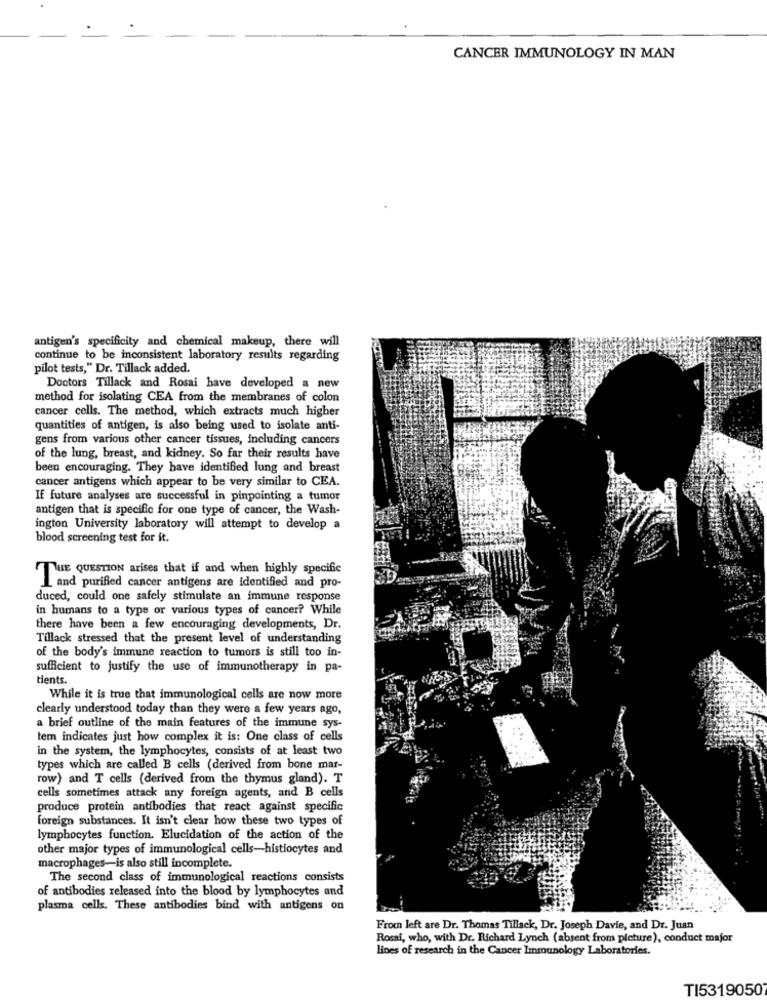
CANCER IMMUNOLOGY IN MAN
antigen's specificity and chemical makeup, there will
continue to be inconsistent laboratory results regarding
pilot tests," Dr. Tillack added.
Doctors Tillack and Rosai have developed a new
method for isolating CEA from the membranes of colon
cancer cells. The method, which extracts much higher
quantities of antigen, is also being used to isolate anti-
gens from various other cancer tissues, including cancers
of the lung, breast, and kidney. So far their results have
been encouraging. They have identified lung and breast
cancer antigens which appear to be very similar to CEA.
If future analyses are successful in pinpointing a tumor
antigen that is specific for one type of cancer, the Wash-
ington University laboratory will attempt to develop a
blood screening test for it.
THE QUESTION arises that if and when highly specific
I and purified cancer antigens are identified and pro-
duced, could one safely stimulate an immune response
in humans to a type or various types of cancer? While
there have been a few encouraging developments, Dr.
Tillack stressed that the present level of understanding
of the body's immune reaction to tumors is still too in-
sufficient to justify the use of immunotherapy in pa-
tients.
While it is true that immunological cells are now more
clearly understood today than they were a few years ago,
a brief outline of the main features of the immune sys-
tem indicates just how complex it is: One class of cells
in the system, the lymphocytes, consists of at least two
types which are called B cells (derived from bone mar-
row) and T cells (derived from the thymus gland). T
cells sometimes attack any foreign agents, and B cells
produce protein antibodies that react against specific
foreign substances. It isn't clear how these two types of
lymphocytes function. Elucidation of the action of the
other major types of immunological cells-histiocytes and
macrophages-is also still incomplete.
The second class of immunological reactions consists
of antibodies released into the blood by lymphocytes and
plasma cells. These antibodies bind with antigens on
From left are Dr. Thomas Tillack, Dr. Joseph Davie, and Dr. Juan
Rossi, who, with Dr. Richard Lynch (absent from picture), conduct major
lines of research in the Cancer Immunology Laboratories.
TI53190507